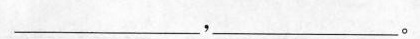
___，___。